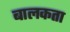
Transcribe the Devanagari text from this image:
बालकता